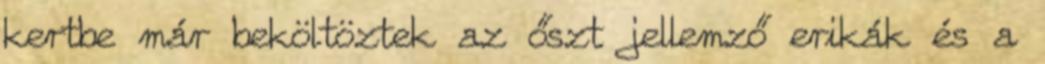
kertbe már beköltöztek az őszt jellemző erikák és a